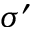
\sigma ^ { \prime }